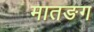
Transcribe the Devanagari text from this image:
मातङग